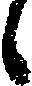
候